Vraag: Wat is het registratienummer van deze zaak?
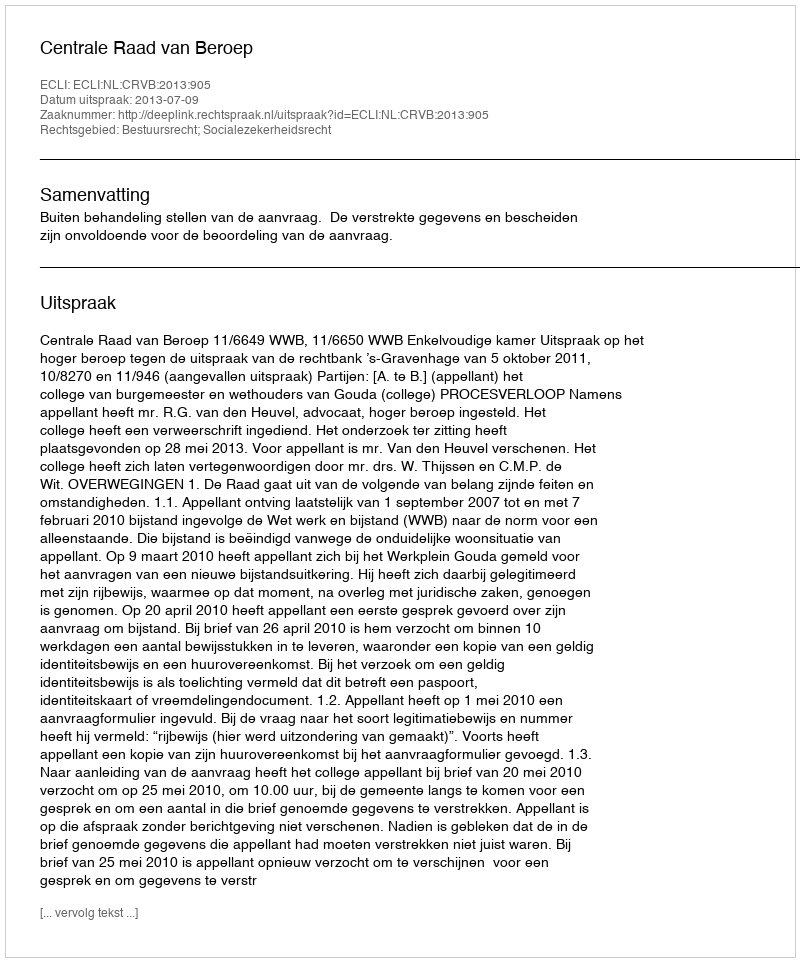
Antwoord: http://deeplink.rechtspraak.nl/uitspraak?id=ECLI:NL:CRVB:2013:905